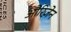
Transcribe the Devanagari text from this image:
औरिज़ेन